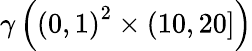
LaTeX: \gamma\left(\left(0,1\right)^{2}\times\left(10,20\right]\right)